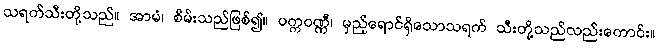
သရက်သီးတို့သည်။ အာမံ၊ စိမ်းသည်ဖြစ်၍။ ပက္ကဝဏ္ဏီ၊ မှည့်ရောင်ရှိသောသရက် သီးတို့သည်လည်းကောင်း။